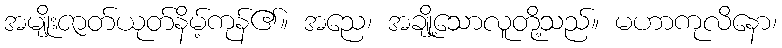
အမျိုးဇာတ်ယုတ်နိမ့်ကုန်၏။ အညေ၊ အချို့သောလူတို့သည်။ မဟာကုလိနော၊